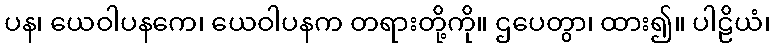
ပန၊ ယေဝါပနကေ၊ ယေဝါပနက တရားတို့ကို။ ဌပေတွာ၊ ထား၍။ ပါဠိယံ၊